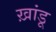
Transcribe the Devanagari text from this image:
ख़ांडू